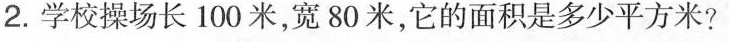
2.学校操场长100米，宽80米，它的面积是多少平方米?